Account of plague administration in the Bombay Presidency from September 1896 till May 1897
Year: 1896
Disease focus: Plague
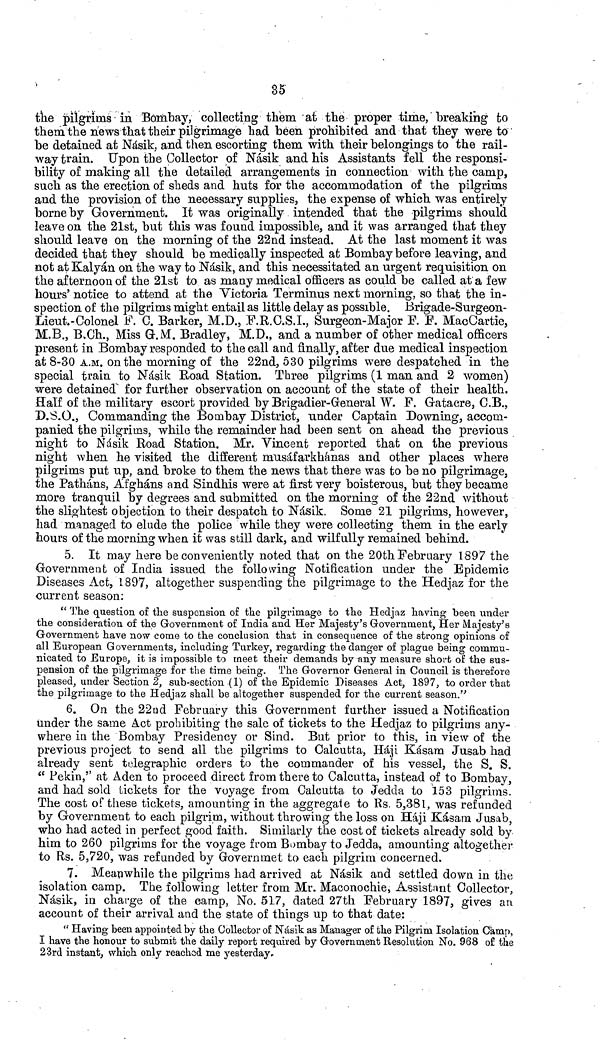
35
the pilgrims in Bombay, collecting them at the proper time, breaking to
them the news that their pilgrimage had been prohibited and that they were to
be detained at Násik, and then escorting them with their belongings to the rail-
way train. Upon the Collector of Nàsik and his Assistants fell the responsi-
bility of making all the detailed arrangements in connection with the camp,
such as the erection of sheds and huts for the accommodation of the pilgrims
and the provision of the necessary supplies, the expense of which was entirely
borne by Government. It was originally intended that the pilgrims should
leave on the 21st, but this was found impossible, and it was arranged that they
should leave on the morning of the 22nd instead. At the last moment it was
decided that they should be medically inspected at Bombay before leaving, and
not at Kalyán on the way to Násik, and this necessitated an urgent requisition on
the afternoon of the 21st to as many medical officers as could be called at a few
hours' notice to attend at the Victoria Terminus next morning, so that the in-
spection of the pilgrims might entail as little delay as possible. Brigade-Surgeon-
Lieut.-Colonel F. C. Barker, M.D., F.R.C.S.I., Surgeon-Major F. F. MacCartie,
M.B., B,Ch., Miss G.M. Bradley, M.D., and a number of other medical officers
present in Bombay res ponded to the call and finally, after due medical inspection
at 8-30 A.M. on the morning of the 22nd, 530 pilgrims were despatched in the
special train to Násik Boad Station. Three pilgrims (1 man and 2 women)
were detained for further observation on account of the state of their health.
Half of the military escort provided by Brigadier-General W. F. Gatacre, C.B.,
D.S.O., Commanding the Bombay District, under Captain Downing, accom-
panied the pilgrims, while the remainder had been sent on ahead the previous
night to Násik Road Station. Mr. Vincent reported that on the previous
night when he visited the different musáfarkhánas and other places where
pilgrims put up, and broke to them the news that there was to be no pilgrimage,
the Pathans, Afgháns and Sindhis were at first very boisterous, but they became
more tranquil by degrees and submitted on the morning of the 22nd without
the slightest objection to their despatch to Násik. Some 21 pilgrims, however,
had managed to elude the police while they were collecting them in the early
hours of the morning when it was still dark, and wilfully remained behind.
5. It may here be conveniently noted that on the 20th February 1897 the
Government of India issued the following Notification under the Epidemic
Diseases Act, 1897, altogether suspending the pilgrimage to the Hedjaz for the
current season:
"The question of the suspension of the pilgrimage to the Hedjaz having been under
the consideration of the Government of India and Her Majesty's Government, Her Majesty's
Government have now come to the conclusion that in consequence of the strong opinions of
all European Governments, including Turkey, regarding the danger of plague being commu-
nicated to Europe, it is impossible to meet their demands by any measure short of the sus-
pension of the pilgrimage for the time being. The Governor General in Council is therefore
pleased, under Section 2, sub-section (1) of the Epidemic Diseases Act, 1897, to order that
the pilgrimage to the Hedjaz shall be altogether suspended for the current season."
6. On the 22ad February this Government further issued a Notification
under the same Act prohibiting the sale of tickets to the Hedjaz to pilgrims any-
where in the Bombay Presidency or Sind. But prior to this, in view of the
previous project to send all the pilgrims to Calcutta, Háji Kásam Jusab had
already sent telegraphic orders to the commander of his vessel, the S. S.
" Pekin," at Aden to proceed direct from there to Calcutta, instead of to Bombay,
and had sold tickets for the voyage from Calcutta to Jedcla to 153 pilgrims.
The cost of these tickets, amounting in the aggregale to Rs. 5,381, was refunded
by Government to each pilgrim, without throwing the loss on Háji Kásam Jusab,
who had acted in perfect good faith. Similarly the cost of tickets already sold by
him to 260 pilgrims for the voyage from Bombay to Jedda, amounting altogether
to Rs. 5,720, was refunded by Governmet to each pilgrim concerned.
7. Meanwhile the pilgrims had arrived at Násik and settled down in the
isolation camp. The following letter from Mr. Maconochie, Assistant Collector,
Násik, in charge of the camp, No. 517, dated 27th February 1897, gives an
account of their arrival and the state of things up to that date:
" Having been appointed by the Collector of Nàsik as Manager of the Pilgrim Isolation Camp,
I have the honour to submit the daily report required by Government Resolution No. 968 o£ the
23rd instant, which only reached me yesterday.